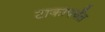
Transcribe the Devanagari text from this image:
टाकापर्यंत